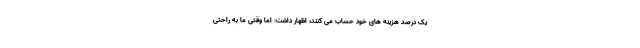
یک درصد هزینه های خود حساب می کنند، اظهار داشت: اما وقتی ما به راحتی